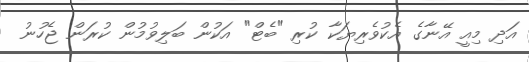
އަދި މިއީ އޭނާގެ އެކުވެރިޔަކާ ކުރި "ބެޓް" އަކުން ބަލިވުމުން ކުރަން ޖެހުނު